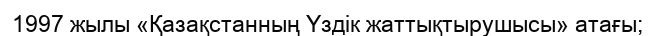
1997 жылы «Қазақстанның Үздік жаттықтырушысы» атағы;